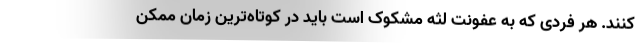
کنند. هر فردی که به عفونت لثه مشکوک است باید در کوتاه‌ترین زمان ممکن